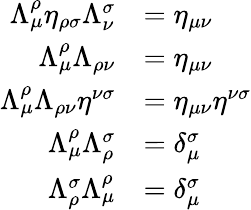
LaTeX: \begin{array}{rl}{\Lambda^{\rho}_{\mu}\eta_{\rho\sigma}\Lambda^{\sigma}_{\nu}}&{=\eta_{\mu\nu}}\\ {\Lambda^{\rho}_{\mu}\Lambda_{\rho\nu}}&{=\eta_{\mu\nu}}\\ {\Lambda^{\rho}_{\mu}\Lambda_{\rho\nu}\eta^{\nu\sigma}}&{=\eta_{\mu\nu}\eta^{\nu\sigma}}\\ {\Lambda^{\rho}_{\mu}\Lambda_{\rho}^{\sigma}}&{=\delta_{\mu}^{\sigma}}\\ {\Lambda_{\rho}^{\sigma}\Lambda^{\rho}_{\mu}}&{=\delta_{\mu}^{\sigma}}\end{array}